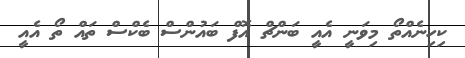
ކިހިނެއްތޯ މިވަނީ އެއީ ބަންޗް އޮފް ބައުންސް ބެކްސް ތައް ތޯ އެއީ